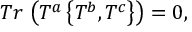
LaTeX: T r \, \left( T ^ { a } \left\{ T ^ { b } , T ^ { c } \right\} \right) = 0 ,